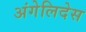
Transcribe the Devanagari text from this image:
अंगेलिदेस